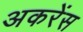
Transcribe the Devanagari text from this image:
अकरेंस